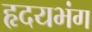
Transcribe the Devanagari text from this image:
हृदयभंग